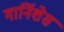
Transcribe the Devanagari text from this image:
गार्निशेस